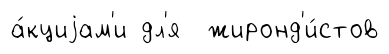
а́кциjам'и дл'я жиронд'и́стов